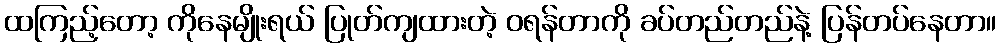
ထကြည့်တော့ ကိုနေမျိုးရယ် ပြုတ်ကျထားတဲ့ ဝရန်တာကို ခပ်တည်တည်နဲ့ ပြန်တပ်နေတာ။